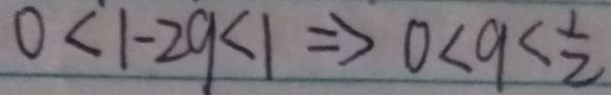
0 < 1 - 2 9 < 1 \Rightarrow 0 < 9 < \frac { 1 } { 2 }